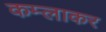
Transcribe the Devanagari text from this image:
कम्लाकर